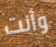
وأنت